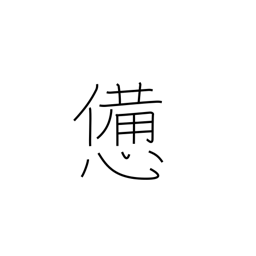
Meaning: fatigue